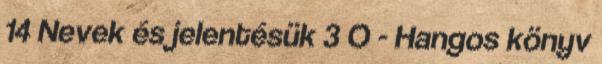
14 Nevek és jelentésük 3 O - Hangos könyv